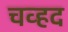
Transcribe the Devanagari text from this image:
चव्हद